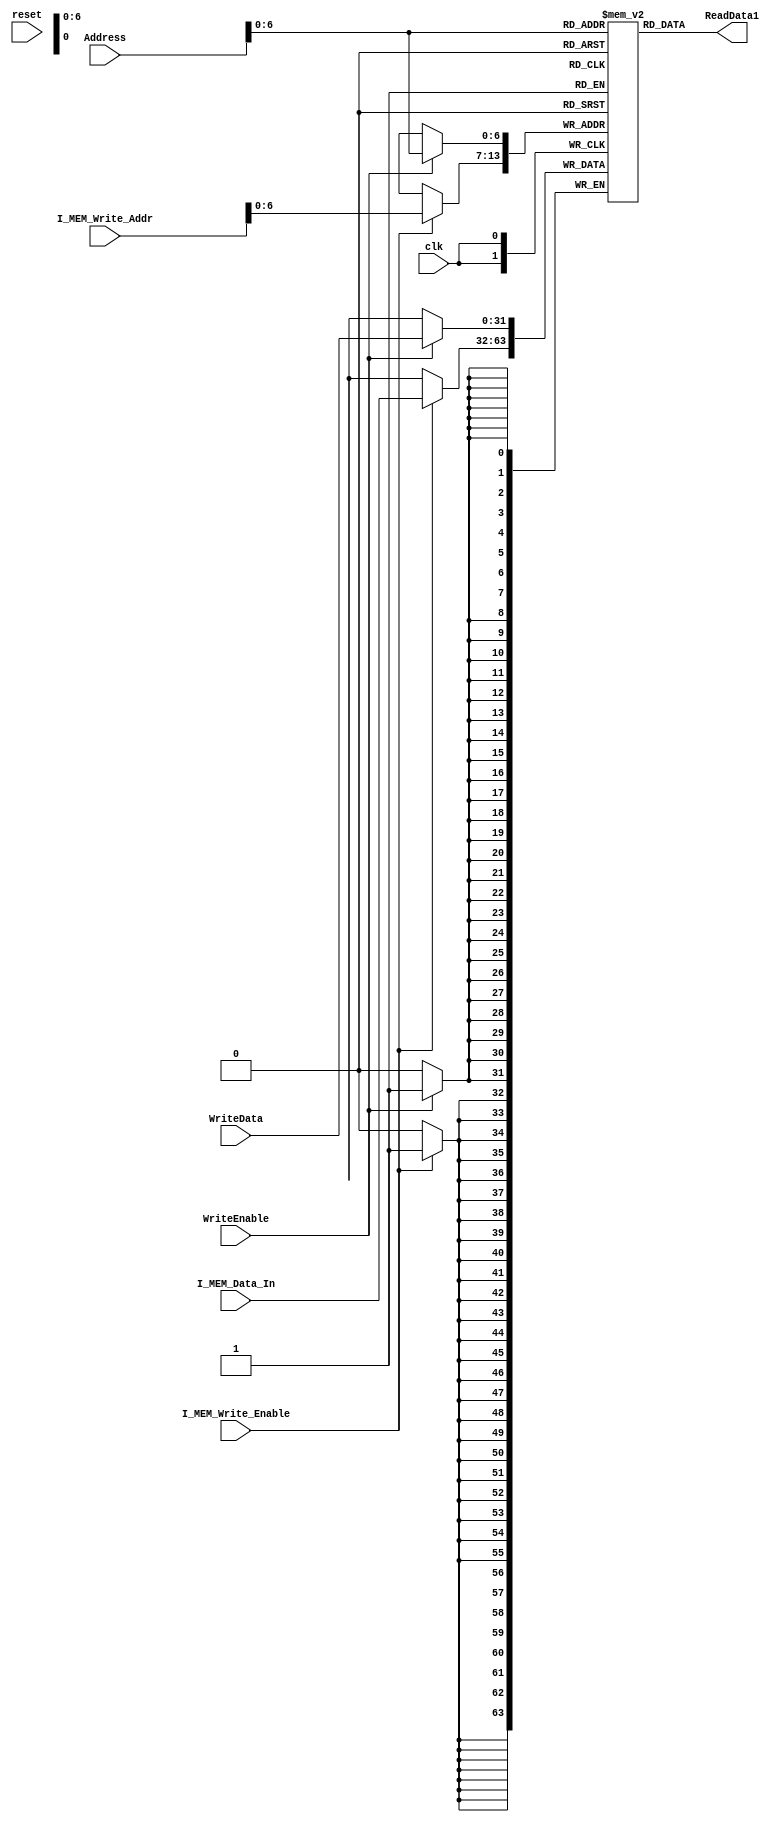
`timescale 1ns / 1ns

module Memory_File(Address, WriteData, WriteEnable, ReadData1, clk, reset, 
				I_MEM_Write_Enable, I_MEM_Data_In, I_MEM_Write_Addr);
parameter BITSIZE = 32;
parameter REGSIZE = 16;
input [REGSIZE-1:0] Address;
input [BITSIZE-1:0] WriteData;
input WriteEnable;
output [BITSIZE-1:0] ReadData1;
reg [BITSIZE-1:0] ReadData1;
input clk, reset;
//#(.BITSIZE(32), .REGSIZE(65536))
//ADDED for testbench from TA
input I_MEM_Write_Enable;
input [31:0] I_MEM_Data_In;
input [15:0] I_MEM_Write_Addr;

reg [BITSIZE-1:0] memory_file [0:100-1];	// Entire list of memory

// Asyncronous read of memory. Was not specified.
always @(Address or memory_file[Address])
begin
	ReadData1 = memory_file[Address];
end

// Write back to memory on clk edge.
always @(posedge clk)
begin
	if (WriteEnable)
		memory_file[Address] <= WriteData;	//If writeback is enabled and not 0 register.
	if (I_MEM_Write_Enable)
		memory_file[I_MEM_Write_Addr] <= I_MEM_Data_In;
end

//MY method of filling the memory instead of through a test bench
//initial
//	begin
//		$readmemb("memory.txt", memory_file);
//	end

endmodule